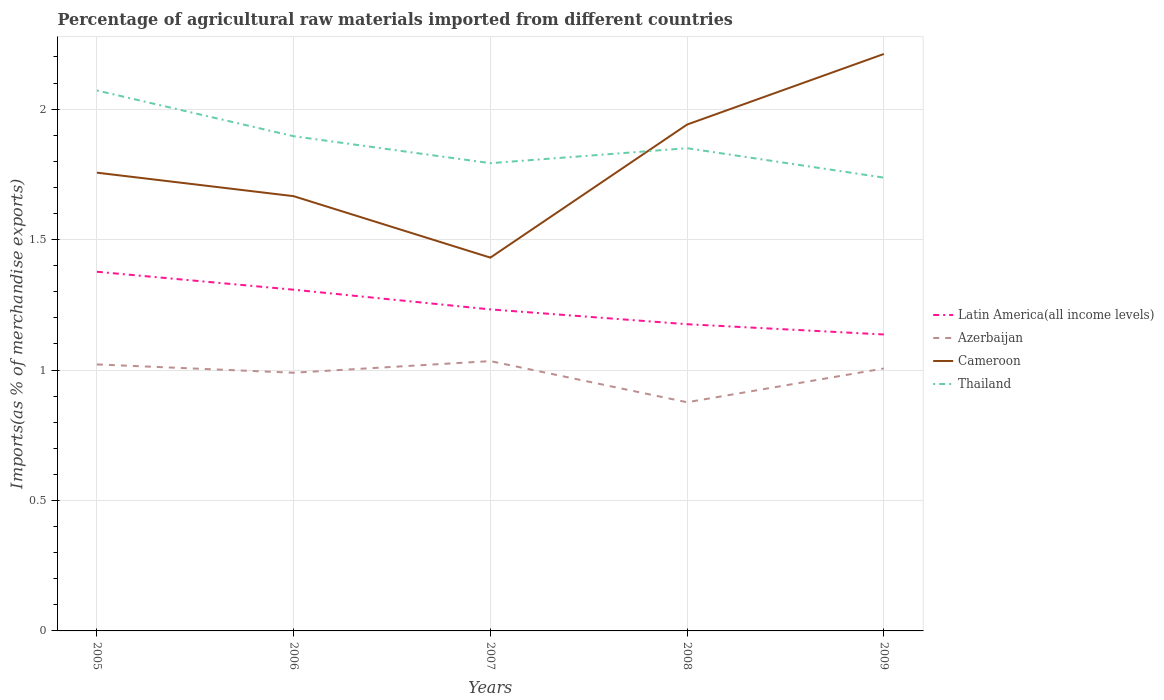
| Years | Latin America(all income levels) | Azerbaijan | Cameroon | Thailand |
 | --- | --- | --- | --- | --- |
 | 2005 | 1.38 | 1.02 | 1.76 | 2.07 |
 | 2006 | 1.31 | 0.99 | 1.67 | 1.9 |
 | 2007 | 1.23 | 1.03 | 1.43 | 1.79 |
 | 2008 | 1.18 | 0.876 | 1.94 | 1.85 |
 | 2009 | 1.14 | 1.01 | 2.21 | 1.74 |